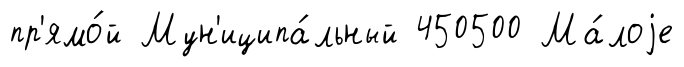
пр'ямо́й Мун'иципа́льный 450500 Ма́лоjе